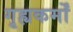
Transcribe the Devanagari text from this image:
गृह्यकर्मों